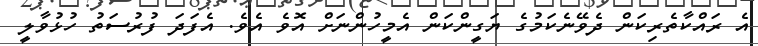
އެ ރައްކާތެރިކަން ދެވޭނެކަމުގެ ޔަގީންކަން އެމީހުންނަށް އޮވެ އެވެ. އެފަދަ ފުރުސަތު ހުޅުވާލީ